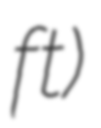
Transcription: ft)